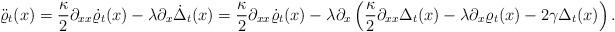
LaTeX: \begin{align*}\ddot{\varrho}_t(x) = \frac{\kappa}{2} \partial_{xx} \dot{\varrho}_t(x) - \lambda \partial_x \dot{\Delta}_t(x)= \frac{\kappa}{2} \partial_{xx} \dot{\varrho}_t(x) - \lambda \partial_x\left( \frac{\kappa}{2} \partial_{xx} \Delta_t(x) - \lambda \partial_x\varrho_t(x) -2\gamma \Delta_t(x)\right).\end{align*}